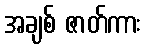
အချစ် ဇာတ်ကား